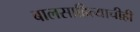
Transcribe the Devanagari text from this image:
बालसाहित्याचीही